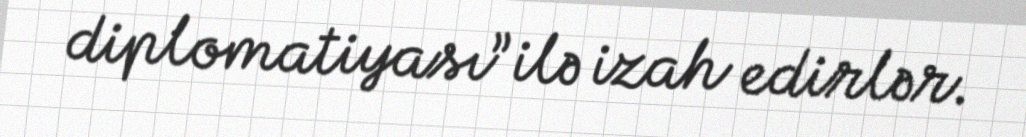
diplomatiyası” ilə izah edirlər.